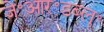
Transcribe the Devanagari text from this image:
जे॰आर॰डब्लू॰